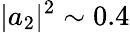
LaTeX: |a_{2}|^{2}\sim 0.4